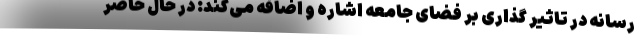
رسانه‌ در تاثیر گذاری بر فضای جامعه اشاره و اضافه می‌کند: در حال حاضر